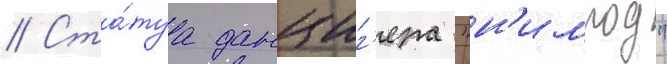
// Ста́туа данциг'ера "н'имрод"